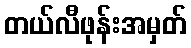
တယ်လီဖုန်းအမှတ်